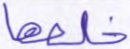
خلفها